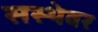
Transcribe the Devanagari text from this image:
सस्थेवर